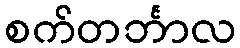
စက်တင်္ဘာလ